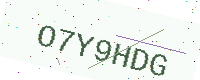
Text: O7Y9HDG